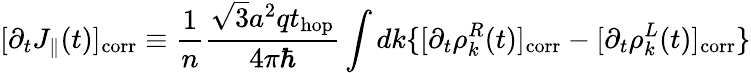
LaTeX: [\partial_{t}J_{\parallel}(t)]_{\mathrm{corr}}\equiv\frac{1}{n}\frac{\sqrt{3}a^{2}qt_{\mathrm{hop}}}{4\pi\hbar}\int dk\{ [\partial_{t}\rho_{k}^{R}(t)]_{\mathrm{corr}}-[\partial_{t}\rho_{k}^{L}(t)]_{\mathrm{corr}}\}